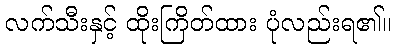
လက်သီးနှင့် ထိုးကြိတ်ထား ပုံလည်းရ၏။